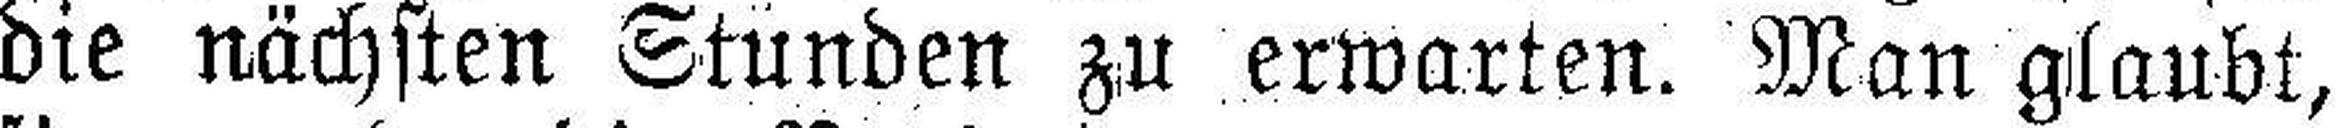
die nächsten Stunden zu erwarten. Man glaubt,